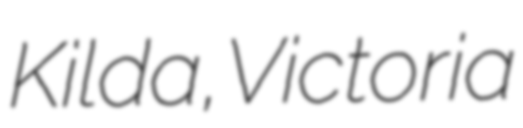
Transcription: Kilda, Victoria